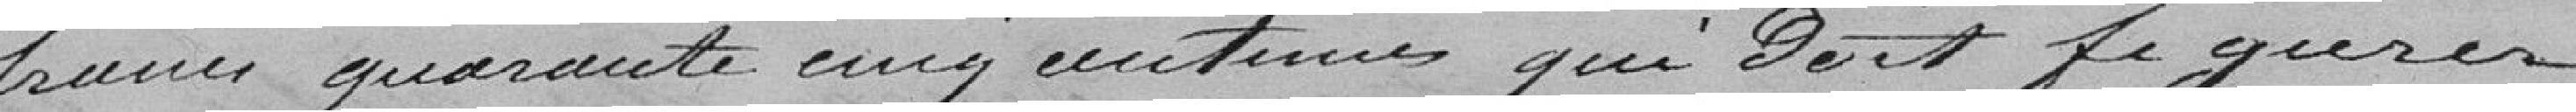
francs quarante cinq centimes qui doit figurer